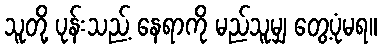
သူတို့ ပုန်းသည့် နေရာကို မည်သူမျှ တွေ့ပုံမရ။